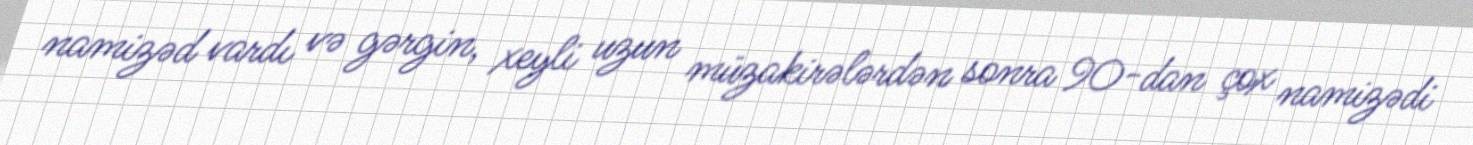
namizəd vardı və gərgin, xeyli uzun müzakirələrdən sonra 90-dan çox namizədi